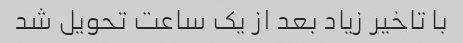
با تاخیر زیاد بعد از یک ساعت تحویل شد